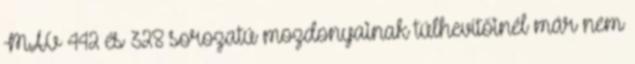
MÁV 442 és 328 sorozatú mozdonyainak túlhevítőinél már nem